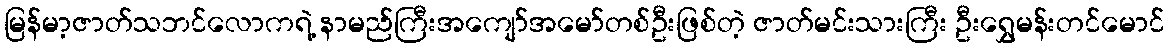
မြန်မာ့ဇာတ်သဘင်လောကရဲ့ နာမည်ကြီးအကျော်အမော်တစ်ဦးဖြစ်တဲ့ ဇာတ်မင်းသားကြီး ဦးရွှေမန်းတင်မောင်